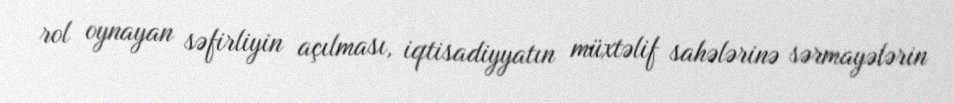
rol oynayan səfirliyin açılması, iqtisadiyyatın müxtəlif sahələrinə sərmayələrin